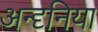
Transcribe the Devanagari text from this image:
अन्दृनिया